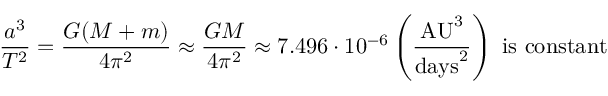
{ \frac { a ^ { 3 } } { T ^ { 2 } } } = { \frac { G ( M + m ) } { 4 \pi ^ { 2 } } } \approx { \frac { G M } { 4 \pi ^ { 2 } } } \approx 7 . 4 9 6 \cdot 1 0 ^ { - 6 } \left( { \frac { { \mathrm { A U } } ^ { 3 } } { { \mathrm { d a y s } } ^ { 2 } } } \right) { \mathrm { ~ i s ~ c o n s t a n t } }